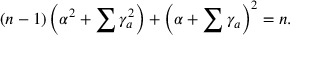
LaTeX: ( n - 1 ) \left( \alpha ^ { 2 } + \sum \gamma _ { a } ^ { 2 } \right) + \left( \alpha + \sum \gamma _ { a } \right) ^ { 2 } = n .